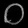
Digit: ၀